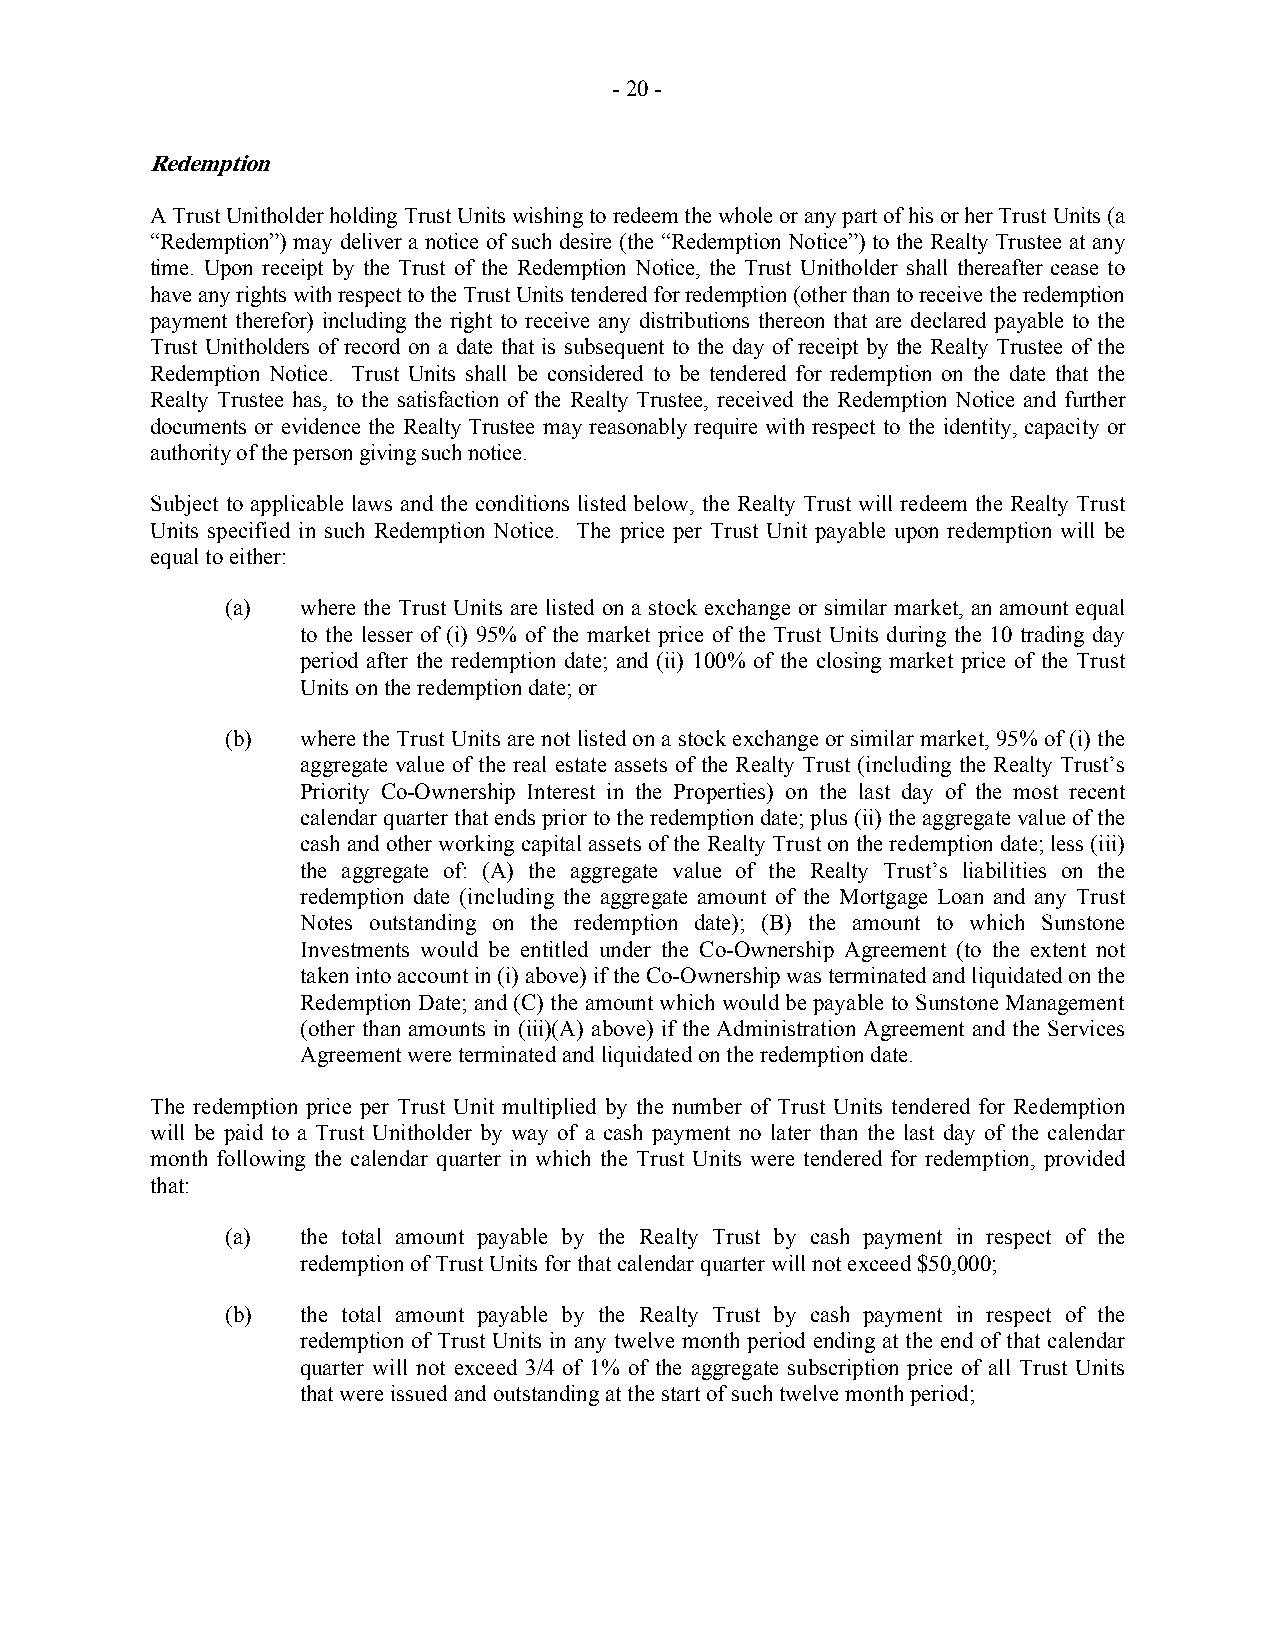
- 20 -
 Redemption
 A Trust Unitholder holding Trust Units wishing to redeem the whole or any part of his or her Trust Units (a
 “Redemption”) may deliver a notice of such desire (the “Redemption Notice”) to the Realty Trustee at any
 time. Upon receipt by the Trust of the Redemption Notice, the Trust Unitholder shall thereafter cease to
 have any rights with respect to the Trust Units tendered for redemption (other than to receive the redemption
 payment therefor) including the right to receive any distributions thereon that are declared payable to the
 Trust Unitholders of record on a date that is subsequent to the day of receipt by the Realty Trustee of the
 Redemption Notice. Trust Units shall be considered to be tendered for redemption on the date that the
 Realty Trustee has, to the satisfaction of the Realty Trustee, received the Redemption Notice and further
 documents or evidence the Realty Trustee may reasonably require with respect to the identity, capacity or
 authority of the person giving such notice.
 Subject to applicable laws and the conditions listed below, the Realty Trust will redeem the Realty Trust
 Units specified in such Redemption Notice. The price per Trust Unit payable upon redemption will be
 equal to either:
 (a)  where the Trust Units are listed on a stock exchange or similar market, an amount equal
 to the lesser of (i) 95% of the market price of the Trust Units during the 10 trading day
 period after the redemption date; and (ii) 100% of the closing market price of the Trust
 Units on the redemption date; or
 (b)  where the Trust Units are not listed on a stock exchange or similar market, 95% of (i) the
 aggregate value of the real estate assets of the Realty Trust (including the Realty Trust’s
 Priority Co-Ownership Interest in the Properties) on the last day of the most recent
 calendar quarter that ends prior to the redemption date; plus (ii) the aggregate value of the
 cash and other working capital assets of the Realty Trust on the redemption date; less (iii)
 the aggregate of: (A) the aggregate value of the Realty Trust’s liabilities on the
 redemption date (including the aggregate amount of the Mortgage Loan and any Trust
 Notes outstanding on the redemption date); (B) the amount to which Sunstone
 Investments would be entitled under the Co-Ownership Agreement (to the extent not
 taken into account in (i) above) if the Co-Ownership was terminated and liquidated on the
 Redemption Date; and (C) the amount which would be payable to Sunstone Management
 (other than amounts in (iii)(A) above) if the Administration Agreement and the Services
 Agreement were terminated and liquidated on the redemption date.
 The redemption price per Trust Unit multiplied by the number of Trust Units tendered for Redemption
 will be paid to a Trust Unitholder by way of a cash payment no later than the last day of the calendar
 month following the calendar quarter in which the Trust Units were tendered for redemption, provided
 that:
 (a)  the total amount payable by the Realty Trust by cash payment in respect of the
 redemption of Trust Units for that calendar quarter will not exceed $50,000;
 (b)  the total amount payable by the Realty Trust by cash payment in respect of the
 redemption of Trust Units in any twelve month period ending at the end of that calendar
 quarter will not exceed 3/4 of 1% of the aggregate subscription price of all Trust Units
 that were issued and outstanding at the start of such twelve month period;